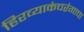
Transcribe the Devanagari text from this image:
हिरव्याकंचरंगाचा